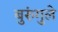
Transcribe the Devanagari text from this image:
बुरुंगुले